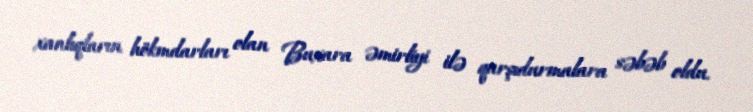
xanlıqların hökmdarları olan Buxara əmirliyi ilə qarşıdurmalara səbəb oldu.